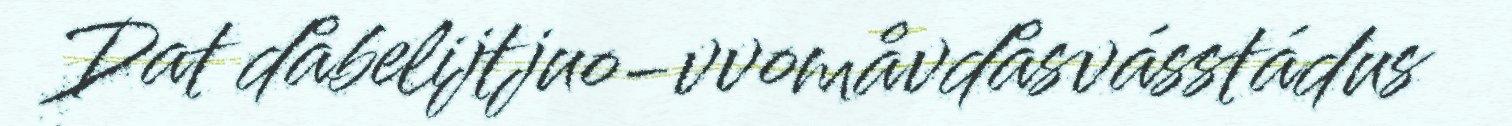
Dat dåbelijtjuo-vvomåvdåsvásstádus